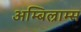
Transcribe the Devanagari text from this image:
अम्बिल्राम्स